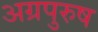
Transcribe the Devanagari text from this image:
अग्रपुरुष